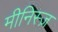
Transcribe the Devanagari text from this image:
मीनिस्ज़